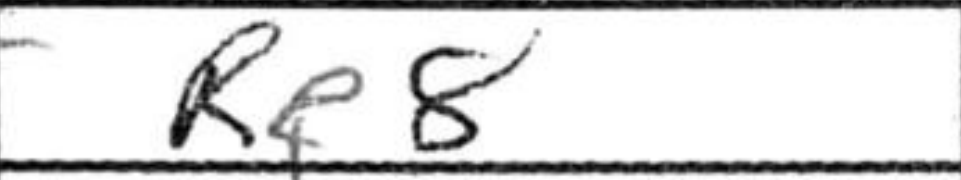
Transcription: Re8